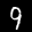
Label: 9